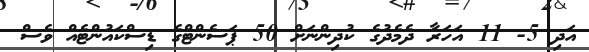
އަދި 5- 11 އަހަރާ ދެމެދުގެ ކުދިންނަށް 50 ޕަސެންޓްގެ ޑިސްކައުންޓެއް ވެސް